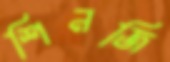
শিনজি